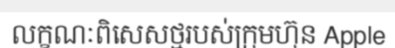
លក្ខណៈពិសេសថ្មរបស់ក្រុមហ៊ុន Apple